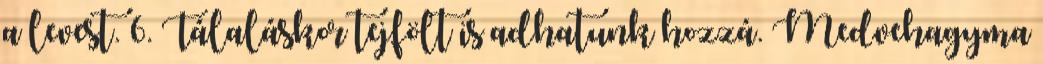
a levest. 6. Tálaláskor tejfölt is adhatunk hozzá. Medvehagyma